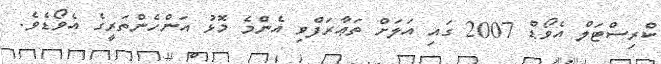
ކްރިސްޓަލް އެވޯޑް 2007 ގައި އަަލަށް ތަޢާރަފްވި އެންމެ މޮޅު އަންހެންތަރީގެ އެވޯޑެވެ.